Report on the working of the mental hospitals for Indians in Bihar and Orissa - 1925-1929
Year: 1925
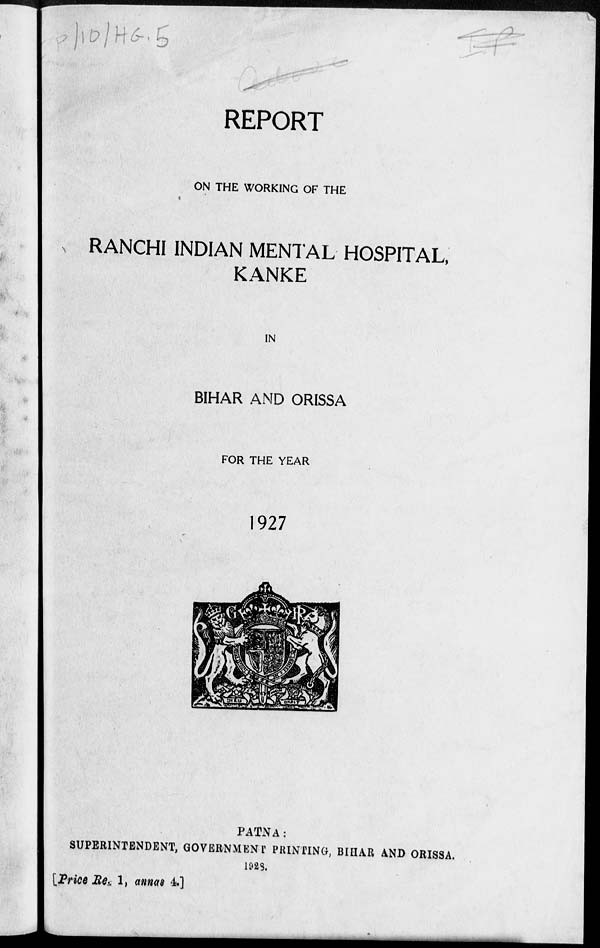
REPORT
ON THE WORKING OF THE
RANCHI INDIAN MENTAL HOSPITAL,
KANKE
IN
BIHAR AND ORISSA
FOR THE YEAR
1927
PATNA:
SUPERINTENDENT, GOVERNMENT PRINTING, BIHAR AND ORISSA.
1928.
[Price Re. 1, annas 4.]